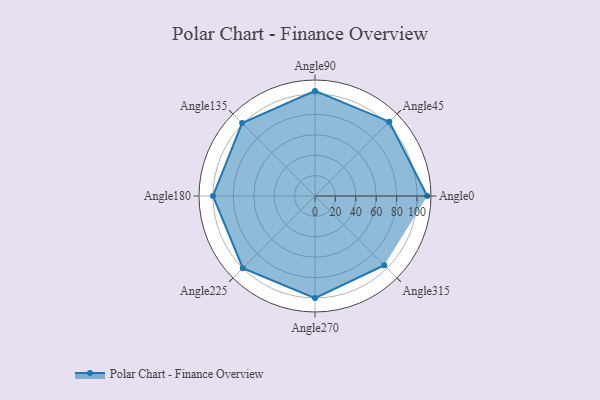
{"axis": {"x": "Angle", "y": "Radius"}, "legend": [""], "data": [{"x": "Angle0", "y": 110.0, "type": ""}, {"x": "Angle45", "y": 103.0, "type": ""}, {"x": "Angle90", "y": 103.0, "type": ""}, {"x": "Angle135", "y": 101.0, "type": ""}, {"x": "Angle180", "y": 100.0, "type": ""}, {"x": "Angle225", "y": 100.0, "type": ""}, {"x": "Angle270", "y": 100.0, "type": ""}, {"x": "Angle315", "y": 96.0, "type": ""}]}